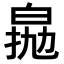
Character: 𤽵